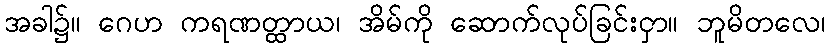
အခါ၌။ ဂေဟ ကရဏတ္ထာယ၊ အိမ်ကို ဆောက်လုပ်ခြင်းငှာ။ ဘူမိတလေ၊